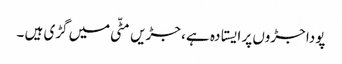
پودا جڑوں پر ایستادہ ہے ، جڑیں مٹّی میں گڑی ہیں ۔